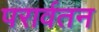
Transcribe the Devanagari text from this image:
परार्वतन